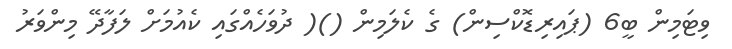
ވިޓަމިން ބީ6 (ޕައިރިޑޮކްސިން) ގެ ކެލަމިން ()( ދުވަހެއްގައި ކެއުމަށް ލަފާދޭ މިންވަރު